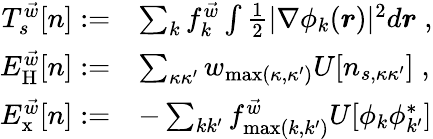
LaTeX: \begin{array}{rl}{T_{s}^{\vec{w}}[n]:=}&{\sum_{k}f_{k}^{\vec{w}}\int\frac{1}{2}|\nabla\phi_{k}(\boldsymbol{r})|^{2}d\boldsymbol{r}\; ,}\\ {E_{\mathrm{H}}^{\vec{w}}[n]:=}&{\sum_{\kappa\kappa^{\prime}}w_{\operatorname*{max}(\kappa,\kappa^{\prime})}U[n_{s,\kappa\kappa^{\prime}}]\; ,}\\ {E_{\mathrm{x}}^{\vec{w}}[n]:=}&{-\sum_{kk^{\prime}}f_{\operatorname*{max}(k,k^{\prime})}^{\vec{w}}U[\phi_{k}\phi_{k^{\prime}}^{*}]}\end{array}